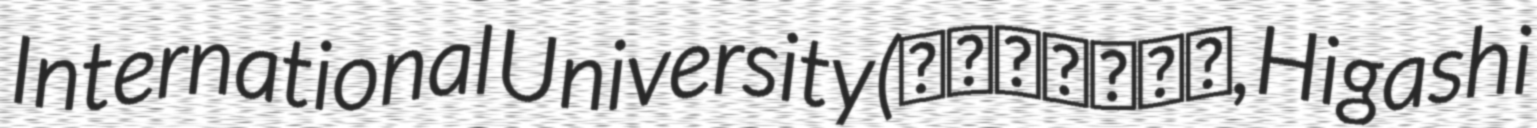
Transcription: International University (東日本国際大学, Higashi